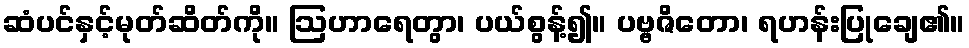
ဆံပင်နှင့်မုတ်ဆိတ်ကို။ ဩဟာရေတွာ၊ ပယ်စွန့်၍။ ပဗ္ဗဇိတော၊ ရဟန်းပြုချေ၏။